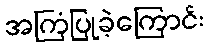
အကြံပြုခဲ့ကြောင်း